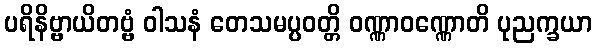
ပရိနိဗ္ဗာယိတဗ္ဗံ ဝါသနံ တေသမပ္ပဝတ္တိ ဝဏ္ဏာဝဏ္ဏောတိ ပုညက္ခယာ